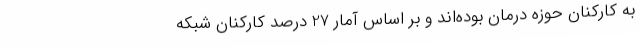
به کارکنان حوزه درمان بوده‌اند و بر اساس آمار 27 درصد کارکنان شبکه